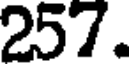
257.